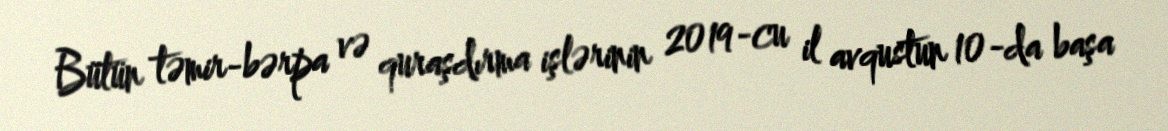
Bütün təmir-bərpa və quraşdırma işlərinin 2019-cu il avqustun 10-da başa